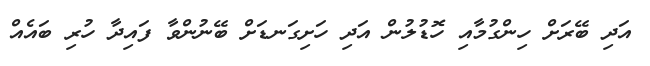
އަދި ބޭރަށް ހިންގުމާއި ހޮޑުލުން އަދި ހަށިގަނޑަށް ބޭނުންވާ ފައިދާ ހުރި ބައެއް